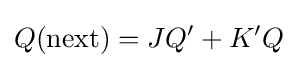
Q({\text{next}})=JQ'+K'Q